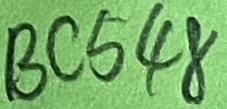
Text: BC548